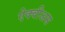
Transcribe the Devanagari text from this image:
ऐक्वीअस